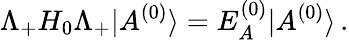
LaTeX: \Lambda_{+}H_{0}\Lambda_{+}|A^{(0)}\rangle=E_{A}^{(0)}|A^{(0)}\rangle\, .